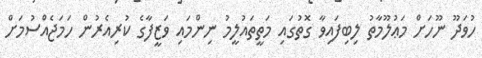
ހުވަދޫ ނޫހަށް މަޢުލޫމާތު ލިބިފައިވާ ގޮތުގައި މަތީތައުލީމު ނިންމައި ވަޒީފާގެ ކުރިއެރުން ހަމަޖެއްސުމަށް